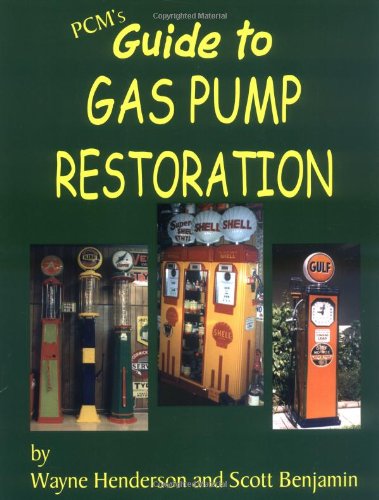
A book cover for PCM's Guide to Gas Pump Restoration; Wayne Henderson; Humor & Entertainment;